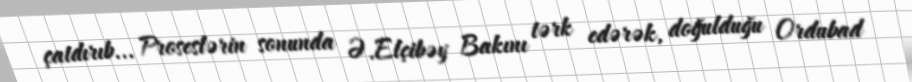
çatdırıb... Proseslərin sonunda Ə.Elçibəy Bakını tərk edərək, doğulduğu Ordubad